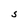
Character: S